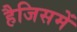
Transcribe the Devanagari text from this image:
हैजिसमें